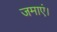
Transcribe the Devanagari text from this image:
जमाएं।